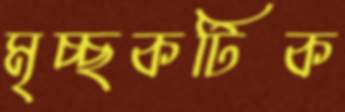
মৃচ্ছকটিক